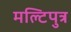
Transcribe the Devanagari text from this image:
मल्टिपुत्र